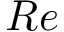
R e